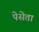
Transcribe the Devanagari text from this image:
पेसेता